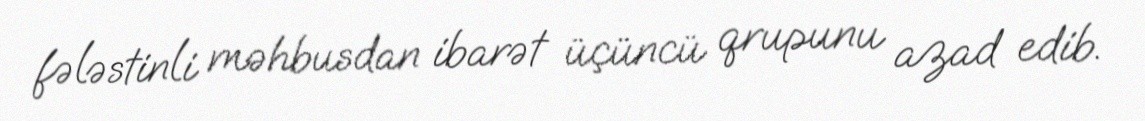
fələstinli məhbusdan ibarət üçüncü qrupunu azad edib.